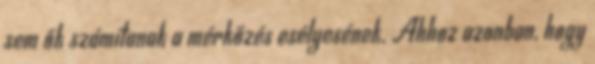
sem ők számítanak a mérkőzés esélyesének. Ahhoz azonban, hogy